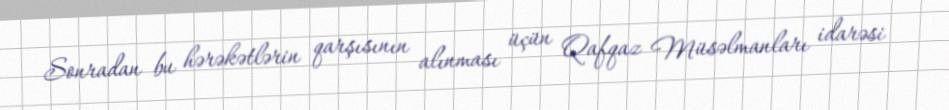
Sonradan bu hərəkətlərin qarşısının alınması üçün Qafqaz Müsəlmanları idarəsi